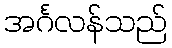
အင်္ဂလန်သည်